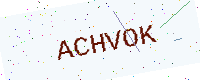
Text: ACHVOK